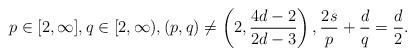
LaTeX: \begin{align*}p\in [2,\infty], q \in [2, \infty), (p,q) \ne \left(2, \frac{4d-2}{2d-3} \right), \frac{2s}{p}+\frac{d}{q} = \frac{d}{2}. \end{align*}